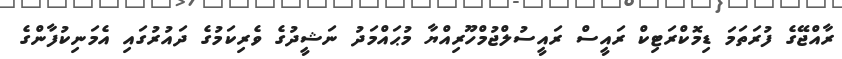
ރާއްޖޭގެ ފުރަތަމަ ޑިމޮކްރަޓިކް ރައީސް ރައީސުލްޖުމްހޫރިއްޔާ މުޙައްމަދު ނަޝީދުގެ ވެރިކަމުގެ ދައުރުގައި އެމަނިކުފާންގެ